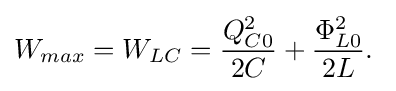
W_{max}=W_{LC}={\frac {Q_{C0}^{2}}{2C}}+{\frac {\Phi _{L0}^{2}}{2L}}.\